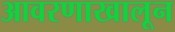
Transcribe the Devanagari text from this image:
आवरणाखालून